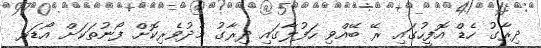
ދިރާގު ހެޑް އޮފީހުގައި ރޭ ބޭއްވި ހަފުލާގައި ދިރާގު މެދުވެރިކޮށް ފޯނުތަކަށް އޯޑަރ